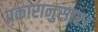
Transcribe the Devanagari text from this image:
प्रकारानुसार।